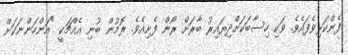
ފެންކަޅިވެފައެވެ. ވަކި ހިސާބަކަށްދިޔައިރު ބާރަށް ރޯން ފެށިއެވެ. ރޮމުން ބުނި އެއްޗަކީ "އަންހަންނަކަށް